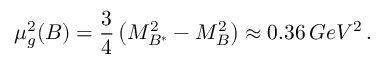
\mu _ { g } ^ { 2 } ( B ) = { \frac { 3 } { 4 } } \left( M _ { B ^ { * } } ^ { 2 } - M _ { B } ^ { 2 } \right) \approx 0 . 3 6 \, G e V ^ { 2 } \, .